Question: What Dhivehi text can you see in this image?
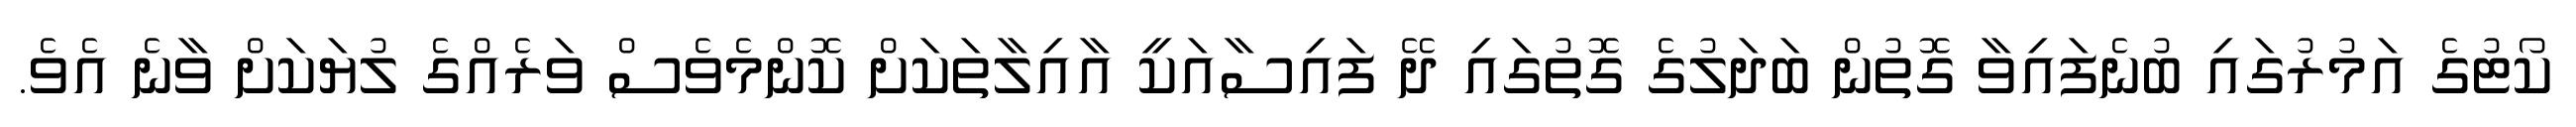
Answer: ކޯޓުގެ އަމުރުގައި ބުނެފައިވާ ގޮތުން ބަދަލުގެ ގޮތުގައި ދޭ ފައިސާއަކީ އާއިލާތަކަށް ކޮންމެވެސް ވަރެއްގެ ލުޔަކަށް ވާނެ އެވެ.